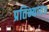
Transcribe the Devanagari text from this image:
प्रतिभ्यावंत